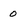
Character: 0